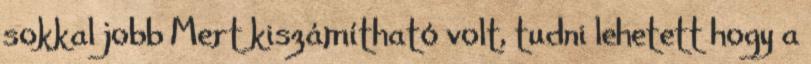
sokkal jobb Mert kiszámítható volt, tudni lehetett hogy a